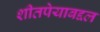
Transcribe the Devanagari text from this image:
शीतपेयाबद्दल